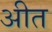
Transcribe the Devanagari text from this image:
अीत